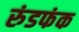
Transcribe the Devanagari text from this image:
रुंडफंक